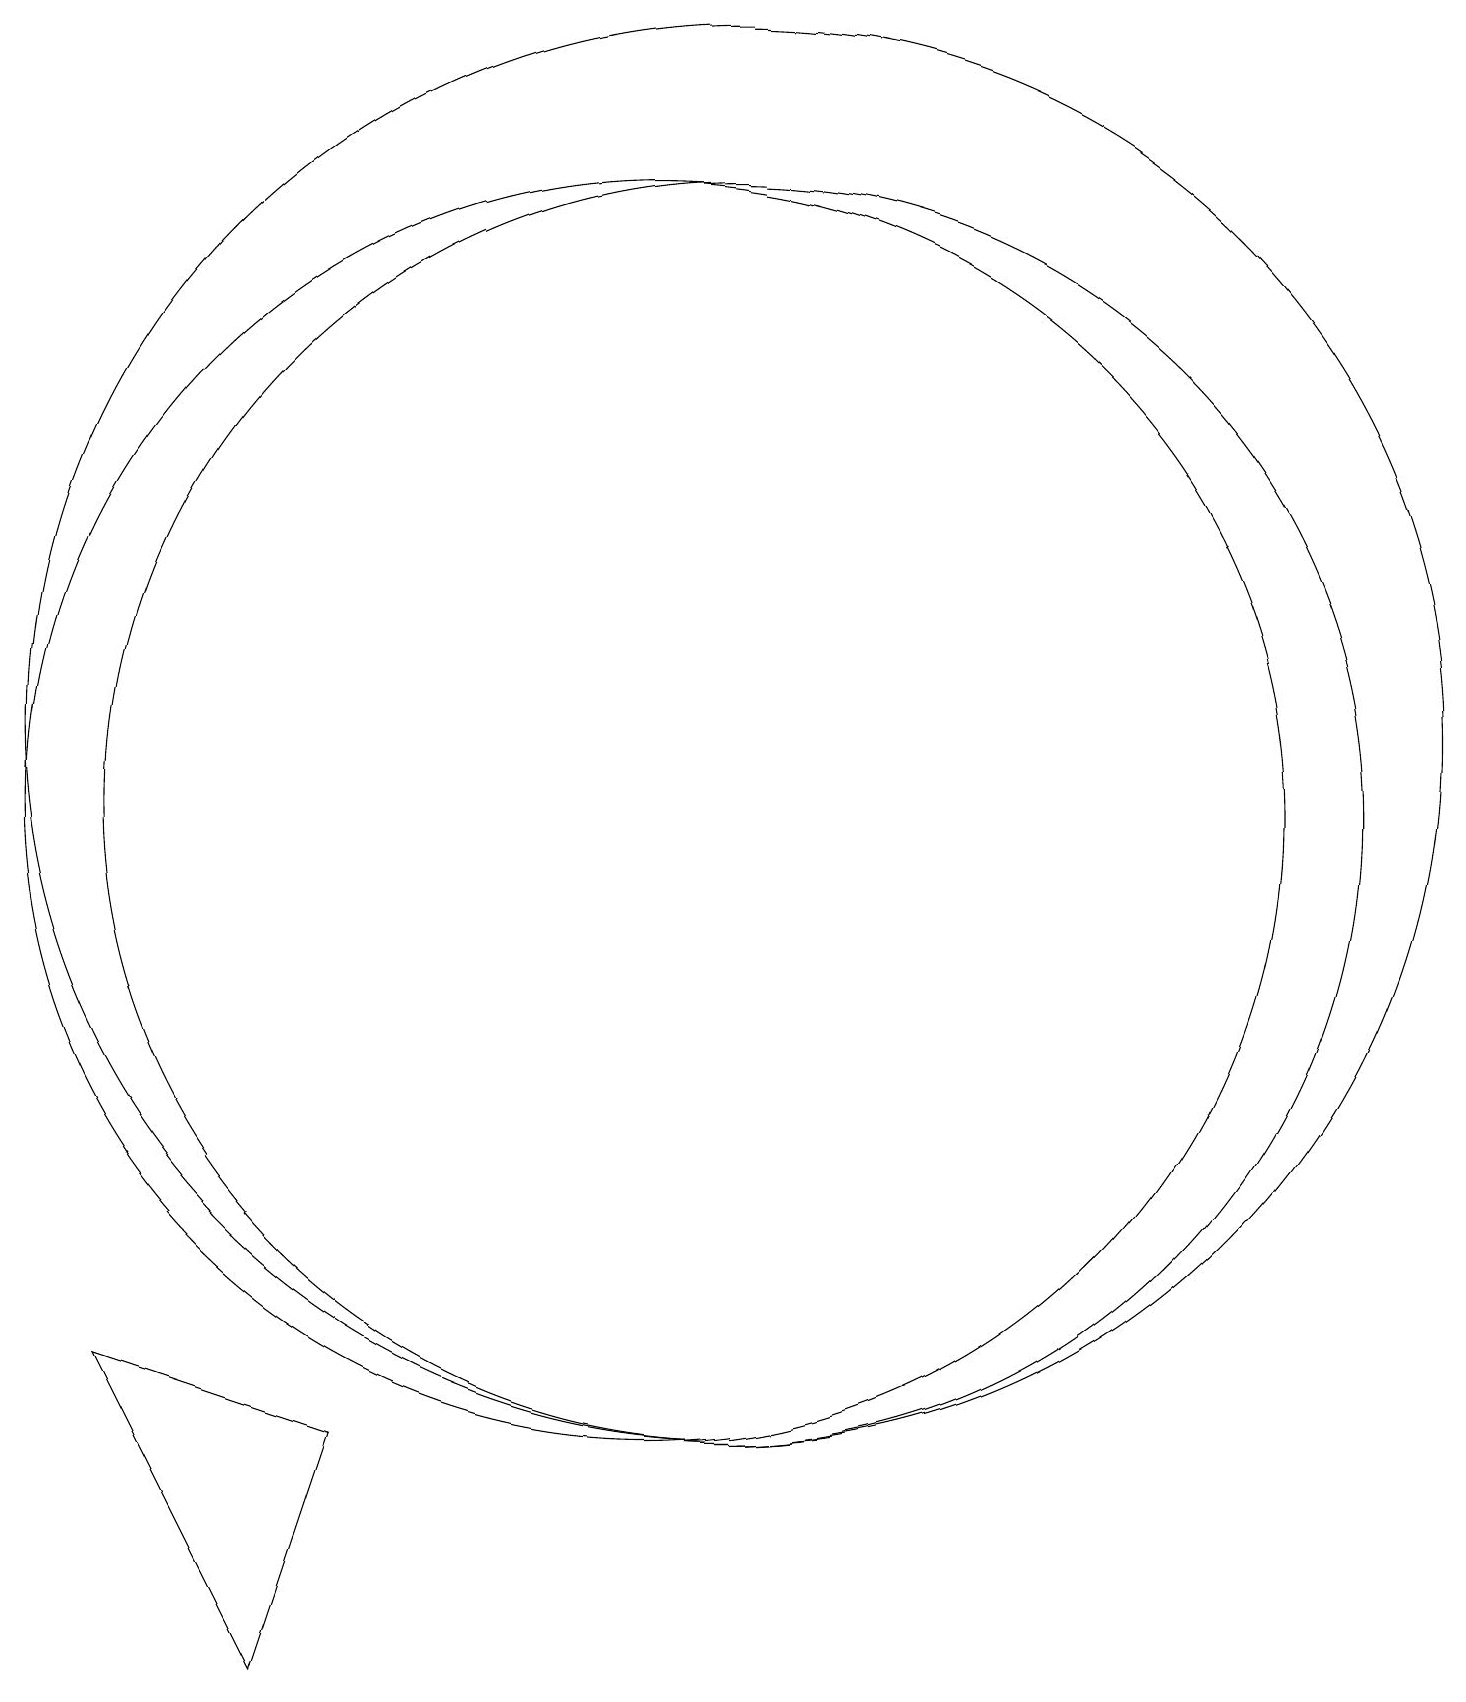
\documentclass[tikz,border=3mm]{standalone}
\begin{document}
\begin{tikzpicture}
\draw (10,11) circle (8);
\draw (6,3) -- (5,0) -- (3,4) -- cycle;
\draw (11,11) circle (8);
\draw (11,12) circle (9);
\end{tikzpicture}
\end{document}